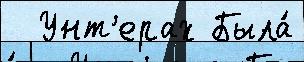
  Унт'ерах Была́